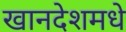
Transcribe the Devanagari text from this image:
खानदेशमधे